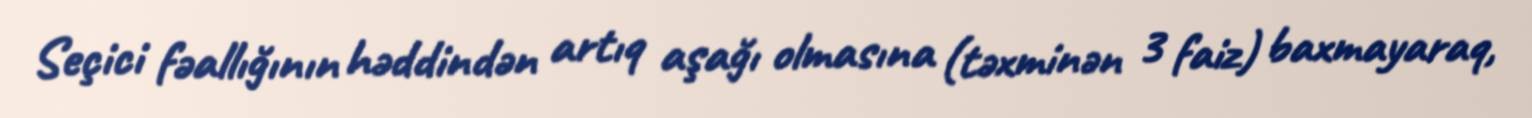
Seçici fəallığının həddindən artıq aşağı olmasına (təxminən 3 faiz) baxmayaraq,